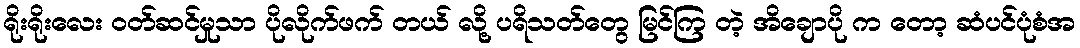
ရိုးရိုးလေး ဝတ်ဆင်မှုသာ ပိုလိုက်ဖက် တယ် လို့ ပရိသတ်တွေ မြင်ကြ တဲ့ အိချောပို က တော့ ဆံပင်ပုံစံအ